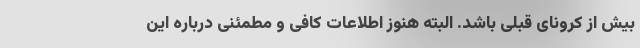
بیش از کرونای قبلی باشد. البته هنوز اطلاعات کافی و مطمئنی درباره این